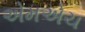
એમએચ